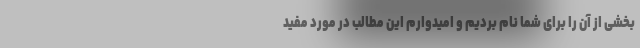
بخشی از آن را برای شما نام بردیم و امیدوارم این مطالب در مورد مفید